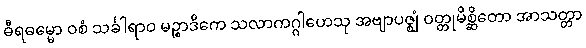
ဓီရဓမ္မော ဝစံ သင်္ခါရာဝ မဉ္စာဒိကေ သလာကဂ္ဂါဟေသု အဗျာပဇ္ဈံ ဝတ္တုမိစ္ဆိတော အာသတ္တာ